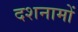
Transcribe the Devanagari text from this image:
दशनामों